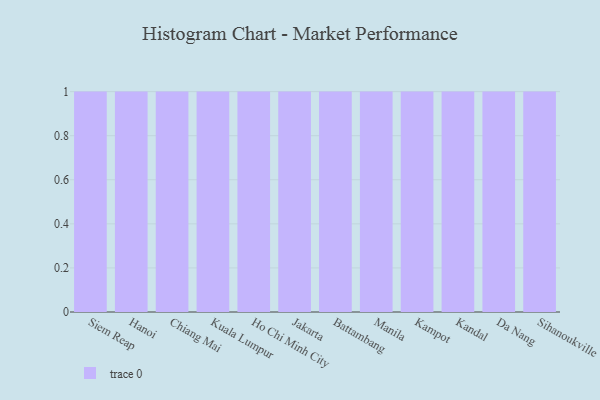
{"axis": {"x": "City", "y": "Page Views"}, "legend": [""], "data": [{"x": "Siem Reap", "y": 89, "type": ""}, {"x": "Hanoi", "y": 6, "type": ""}, {"x": "Chiang Mai", "y": 81, "type": ""}, {"x": "Kuala Lumpur", "y": 61, "type": ""}, {"x": "Ho Chi Minh City", "y": 9, "type": ""}, {"x": "Jakarta", "y": 16, "type": ""}, {"x": "Battambang", "y": 78, "type": ""}, {"x": "Manila", "y": 98, "type": ""}, {"x": "Kampot", "y": 35, "type": ""}, {"x": "Kandal", "y": 46, "type": ""}, {"x": "Da Nang", "y": 68, "type": ""}, {"x": "Sihanoukville", "y": 36, "type": ""}]}